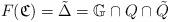
LaTeX: \begin{align*}F(\mathfrak{C}) = \tilde{\Delta} = \mathbb{G}\cap Q \cap \tilde{Q}\end{align*}